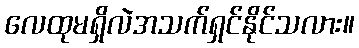
လေထုမရှိလဲအသက်ရှင်နိုင်သလား။